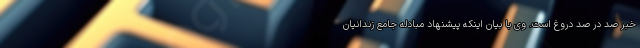
خبر صد در صد دروغ است. وی با بیان اینکه پیشنهاد مبادله جامع زندانیان